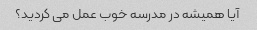
آیا همیشه در مدرسه خوب عمل می کردید؟